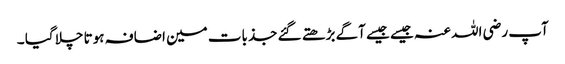
آپ رضی اللہ عنہ جیسے جیسے آگے بڑھتے گئے جذبات مین اضافہ ہوتا چلا گیا ۔